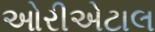
ઓરીએટાલ